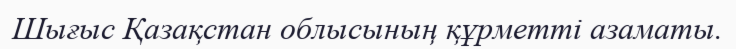
Шығыс Қазақстан облысының құрметті азаматы.